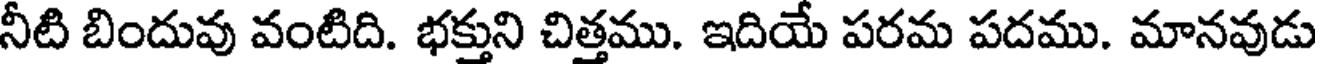
నీటి బిందువు వంటిది. భక్తుని చిత్తము. ఇదియే పరమ పదము. మానవుడు